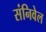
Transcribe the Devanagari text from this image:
संनिवेल